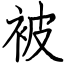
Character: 被